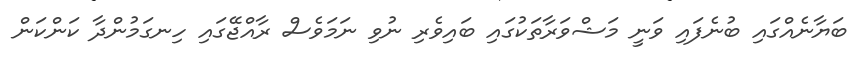
ބަޔާނެއްގައި ބުނެފައި ވަނީ މަޝްވަރާތަކުގައި ބައިވެރި ނުވި ނަމަވެސް ރާއްޖޭގައި ހިނގަމުންދާ ކަންކަން